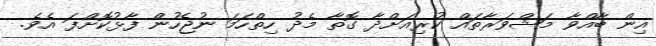
އިން ބާއްވާ މަޝްވަރާތައް ކުރިއަށްދާ ގޮތާ މެދު ހިތްހަމަ ނުޖެހުން ފާޅުކޮށްފަ އެވެ.